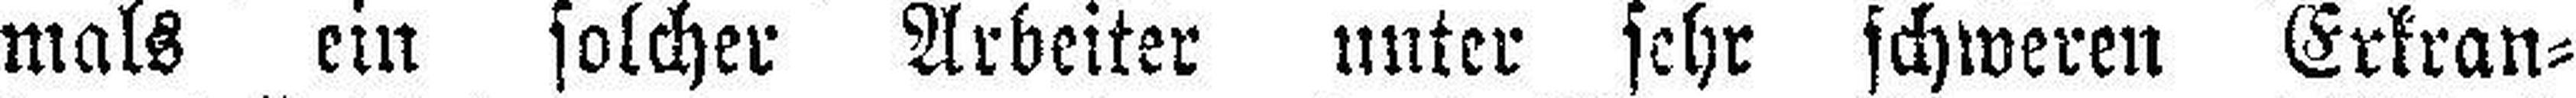
mals ein solcher Arbeiter unter sehr schweren Erkran¬